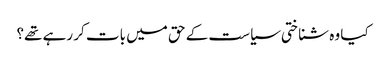
کیا وہ شناختی سیاست کے حق میں بات کر رہے تھے؟